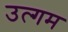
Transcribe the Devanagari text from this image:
उत्गम